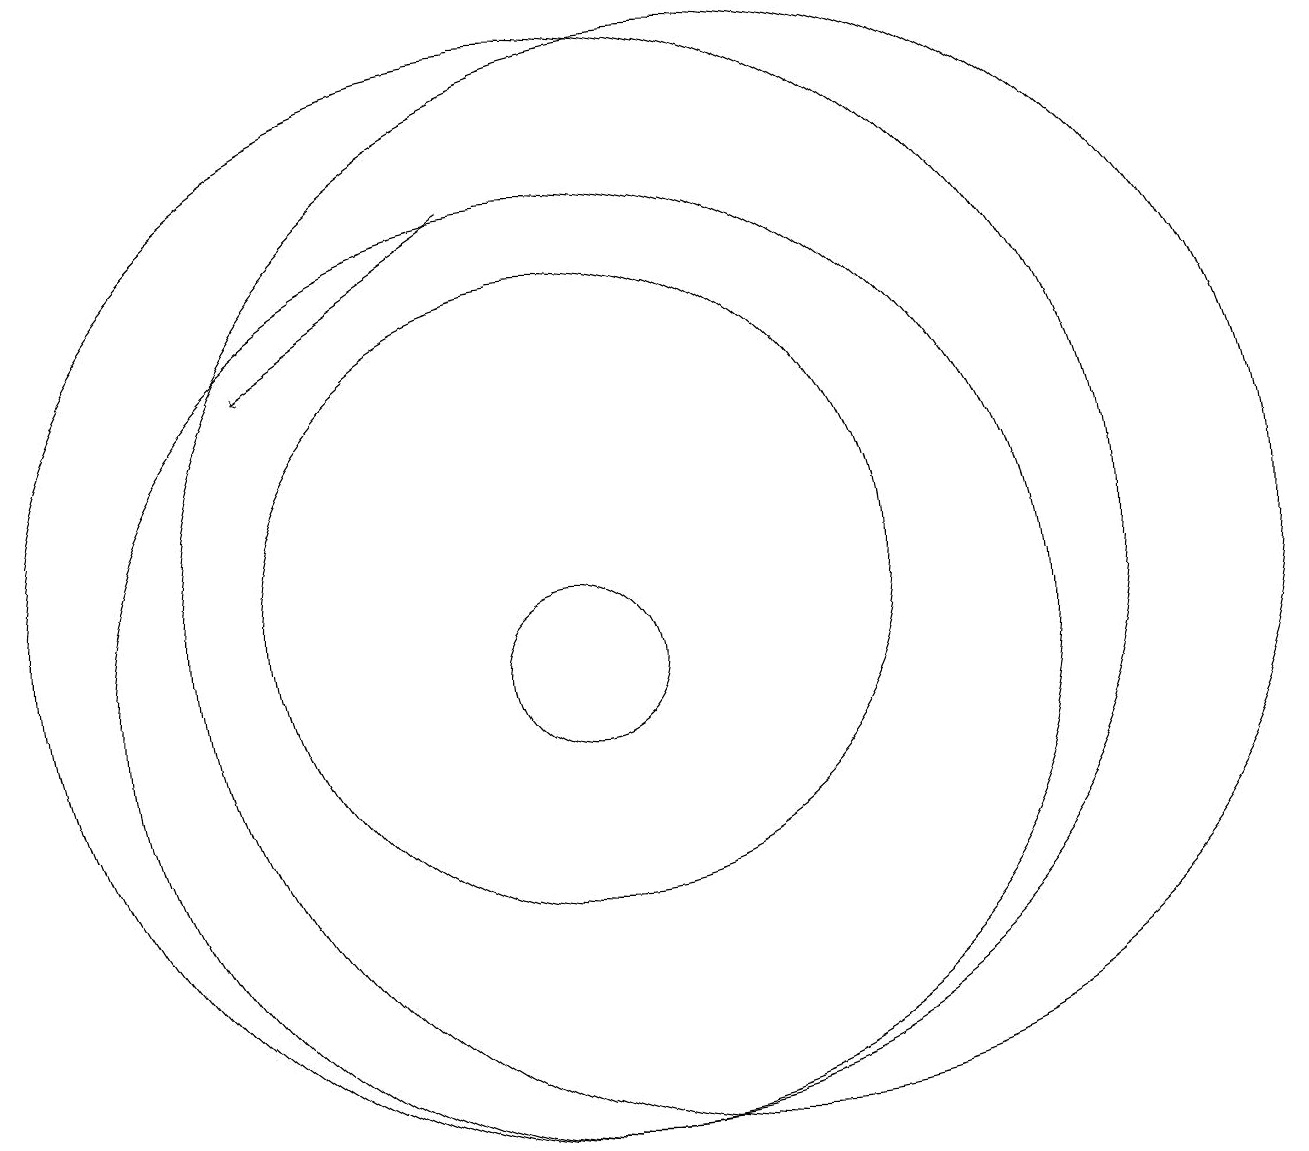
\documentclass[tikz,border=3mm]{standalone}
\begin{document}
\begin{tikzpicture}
\draw (12,11) circle (0);
\draw (10,10) circle (6);
\draw[->] (9,16) -- (6,14);
\draw (10,11) circle (4);
\draw (10,11) circle (7);
\draw (12,11) circle (7);
\draw (10,10) circle (1);
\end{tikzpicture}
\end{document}